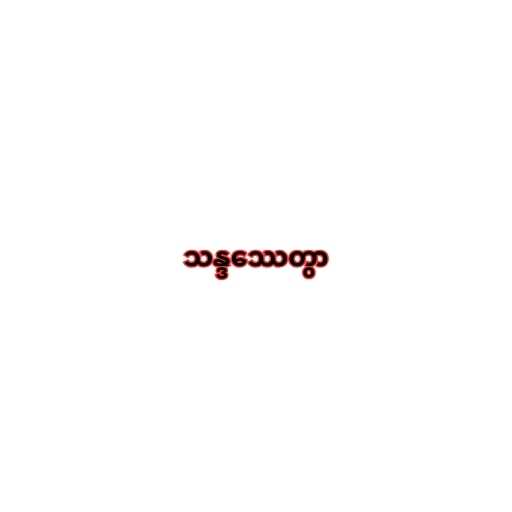
သန္ဒဿေတွာ